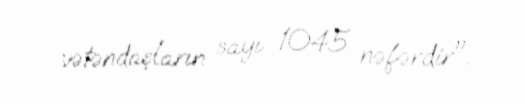
vətəndaşların sayı 1045 nəfərdir".